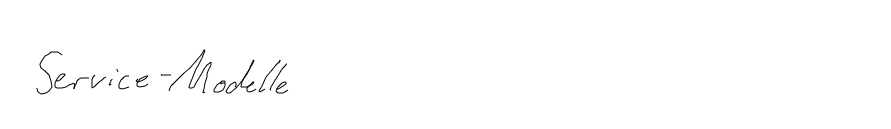
Service-Modelle